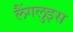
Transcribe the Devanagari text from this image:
लैंगलुइस